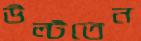
উল্‌টতেন